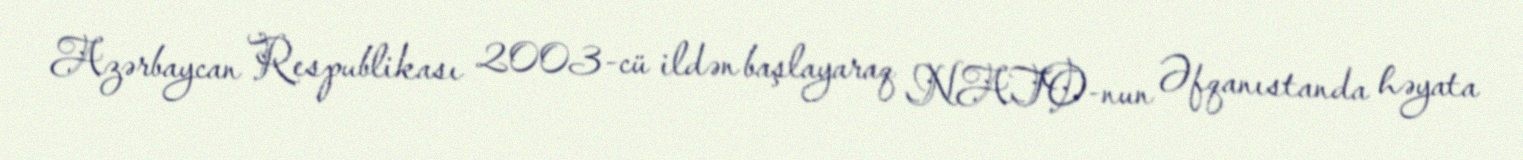
Azərbaycan Respublikası 2003-cü ildən başlayaraq NATO-nun Əfqanıstanda həyata